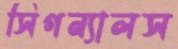
সিগন্যালস